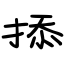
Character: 掭